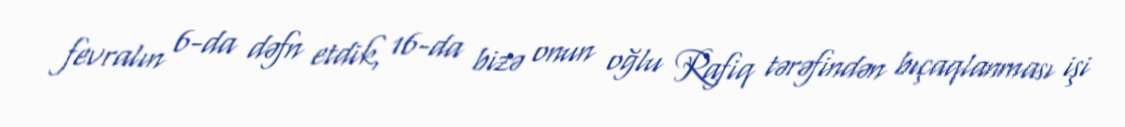
fevralın 6-da dəfn etdik, 16-da bizə onun oğlu Rafiq tərəfindən bıçaqlanması işi